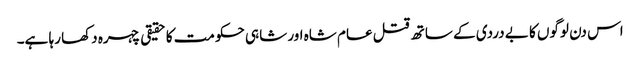
اس دن لوگوں کا بے دردی کے ساتھ قتل عام شاہ اور شاہی حکومت کا حقیقی چہرہ دکھا رہا ہے۔